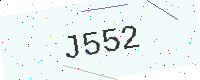
Text: J552